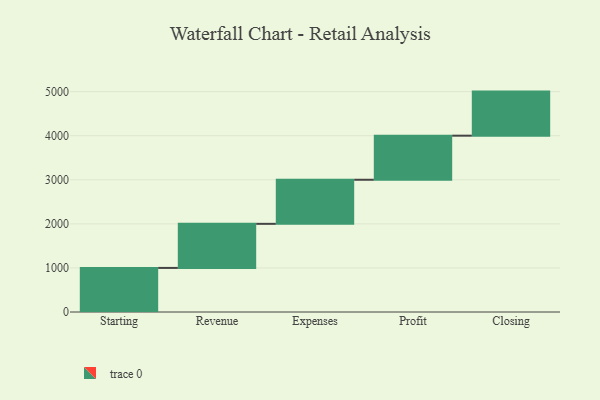
{"axis": {"x": "Step", "y": "Value"}, "legend": [""], "data": [{"x": "Starting", "y": 1000, "type": ""}, {"x": "Revenue", "y": 1000, "type": ""}, {"x": "Expenses", "y": 1000, "type": ""}, {"x": "Profit", "y": 1000, "type": ""}, {"x": "Closing", "y": 1000, "type": ""}]}